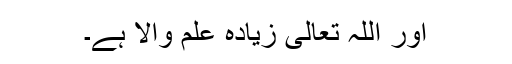
اور اللہ تعالی زیادہ علم والا ہے۔